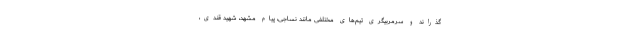
گذراند و سرمربیگری تیم‌های مختلفی مانند نساجی، پیام مشهد، شهید قندی،